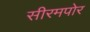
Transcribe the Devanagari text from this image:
सीरमपोर